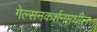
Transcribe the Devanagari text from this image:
गेल्सनकर्शनमधील